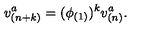
v _ { ( n + k ) } ^ { a } = ( \phi _ { ( 1 ) } ) ^ { k } v _ { ( n ) } ^ { a } .